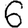
Digit: 6